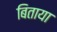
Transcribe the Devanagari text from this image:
बिताया